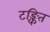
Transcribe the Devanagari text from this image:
टङ्कित